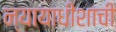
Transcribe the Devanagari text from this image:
न्यायाधीशाची